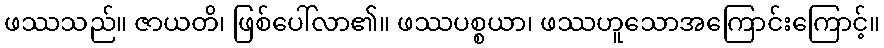
ဖဿသည်။ ဇာယတိ၊ ဖြစ်ပေါ်လာ၏။ ဖဿပစ္စယာ၊ ဖဿဟူသောအကြောင်းကြောင့်။